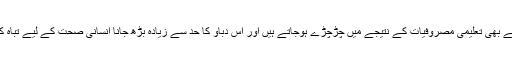
ہر دوسرا فرد اس وقت اسٹریس یا ذہنی تناؤ کا شکار ہوتا ہے یہاں تک کہ بچے بھی تعلیمی مصروفیات کے نتیجے میں چڑچڑے ہوجاتے ہیں اور اس دباؤ کا حد سے زیادہ بڑھ جانا انسانی صحت کے لیے تباہ کن ثابت ہوتا ہے کیونکہ متعدد ذہنی و جسمانی امراض کا خطرہ بڑھ جاتا ہے۔